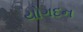
યોગદન